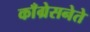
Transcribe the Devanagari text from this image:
काँग्रेसनेते